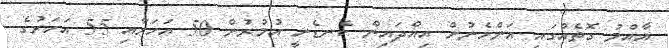
އާއްމު ގޮތެއްގައި އަންހެނުން އިއްދައިން ކެނޑެނީ އުމުރުން 50 އަހަރާއި 55 އަހަރުގެ